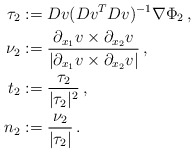
\begin{align*}\tau_2 &:= Dv (Dv^T Dv)^{-1} \nabla \Phi_2\, ,\\\nu_2 &:= \frac{\partial_{x_1} v \times \partial_{x_2} v}{|\partial_{x_1} v\times \partial_{x_2} v|}\,, \\t_2& := \frac{\tau_2}{|\tau_2|^2}\, ,\\n_2 & := \frac{\nu_2}{|\tau_2|}\, .\end{align*}